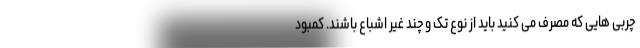
چربی هایی که مصرف می کنید باید از نوع تک و چند غیر اشباع باشند. کمبود